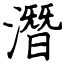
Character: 潛